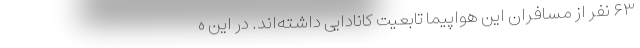
۶۳ نفر از مسافران این هواپیما تابعیت کانادایی داشته‌اند. در این ه